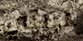
عربتي